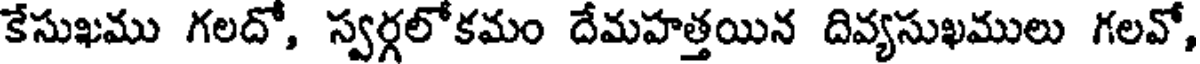
కేసుఖము గలదో, స్వర్గలోకమం దేమహత్తయిన దివ్యసుఖములు గలవో,